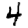
Digit: 4